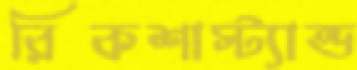
রিকশাস্ট্যান্ড